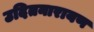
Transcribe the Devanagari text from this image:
उदितनारायण